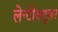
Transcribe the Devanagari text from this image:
लेन्टीक्युलर